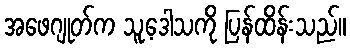
အဖေဂျုတ်က သူ့ဒေါသကို ပြန်ထိန်းသည်။